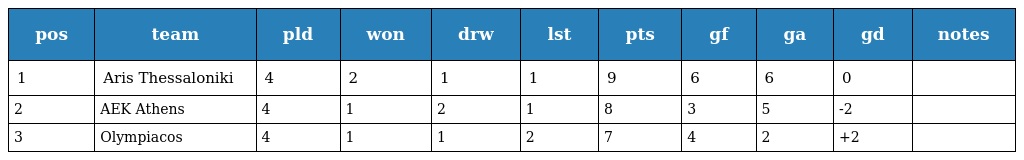
| pos | team | pld | won | drw | lst | pts | gf | ga | gd | notes |
 | --- | --- | --- | --- | --- | --- | --- | --- | --- | --- | --- |
 | 1 | Aris Thessaloniki | 4 | 2 | 1 | 1 | 9 | 6 | 6 | 0 |  |
 | 2 | AEK Athens | 4 | 1 | 2 | 1 | 8 | 3 | 5 | -2 |  |
 | 3 | Olympiacos | 4 | 1 | 1 | 2 | 7 | 4 | 2 | +2 |  |